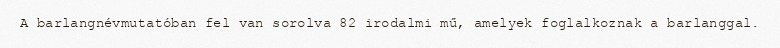
A barlangnévmutatóban fel van sorolva 82 irodalmi mű, amelyek foglalkoznak a barlanggal.